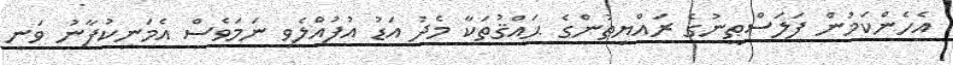
އެހެންކަމުން ފަލަސްޠީނުގެ ރައްޔިތުންގެ ޙައްޤުތަކާ މެދު އަޑު އުފުއްލެވި ނަމަވެސް އެމަނިކުފާނު ވަނީ